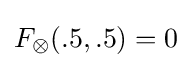
F_{\otimes }(.5,.5)=0